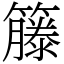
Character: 籐